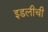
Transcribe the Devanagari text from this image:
इडलीची